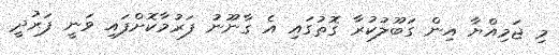
މި ޖަމިއްޔާ އިން ގަބޫލުކުރާ ގޮތުގައި އެ ގާނޫނު ފަރުމާކޮށްފައި ވަނީ ފަރުދީ